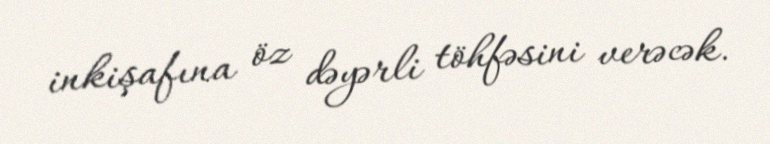
inkişafına öz dəyərli töhfəsini verəcək.